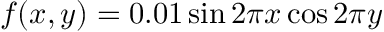
f ( x , y ) = 0 . 0 1 \sin { 2 \pi x } \cos { 2 \pi y }